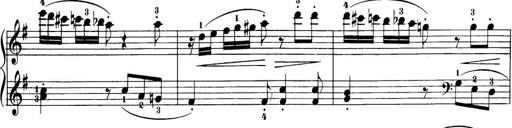
Title: 32 Sonatinas and Rondos for the Piano
Composer: Richard Kleinmichel